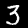
Label: 3